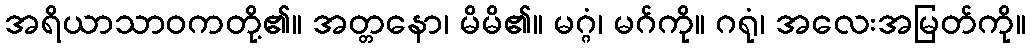
အရိယာသာဝကတို့၏။ အတ္တနော၊ မိမိ၏။ မဂ္ဂံ၊ မဂ်ကို။ ဂရုံ၊ အလေးအမြတ်ကို။